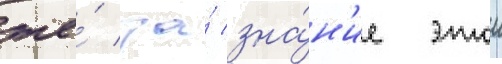
же́ за́ зна́н'ие этои